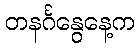
တနင်္ဂနွေနေ့က